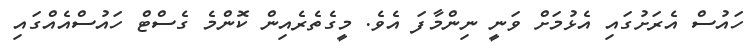
ހައުސް އެރަށުގައި އެޅުމަށް ވަނީ ނިންމާފަ އެވެ. މީގެތެރެއިން ކޮންމެ ގެސްޓް ހައުސްއެއްގައި